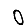
Digit: 0